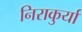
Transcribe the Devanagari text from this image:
निराकुर्यां